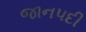
જાનપદી